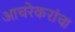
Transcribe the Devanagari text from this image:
आचरेकरांचा